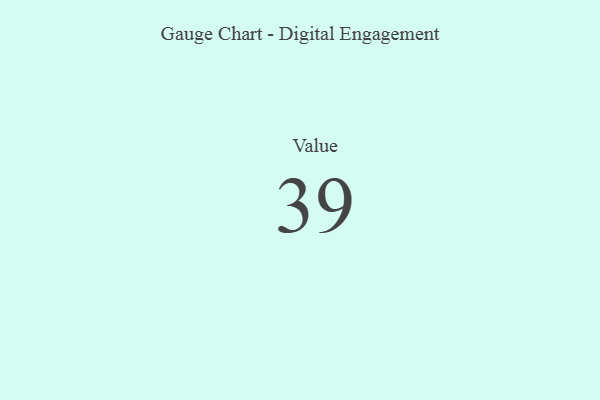
{"axis": {"x": "Metric", "y": "Value"}, "legend": [""], "data": [{"x": "Value", "y": 39, "type": ""}]}